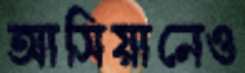
আসিয়ানেও